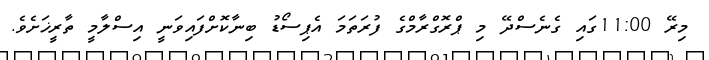
މިރޭ 11:00ގައި ގެނެސްދޭ މި ޕްރޮގްރާމްގެ ފުރަތަމަ އެޕިސޯޑު ބިނާކޮށްފައިވަނީ އިސްލާމީ ތާރީޚަށެވެ.